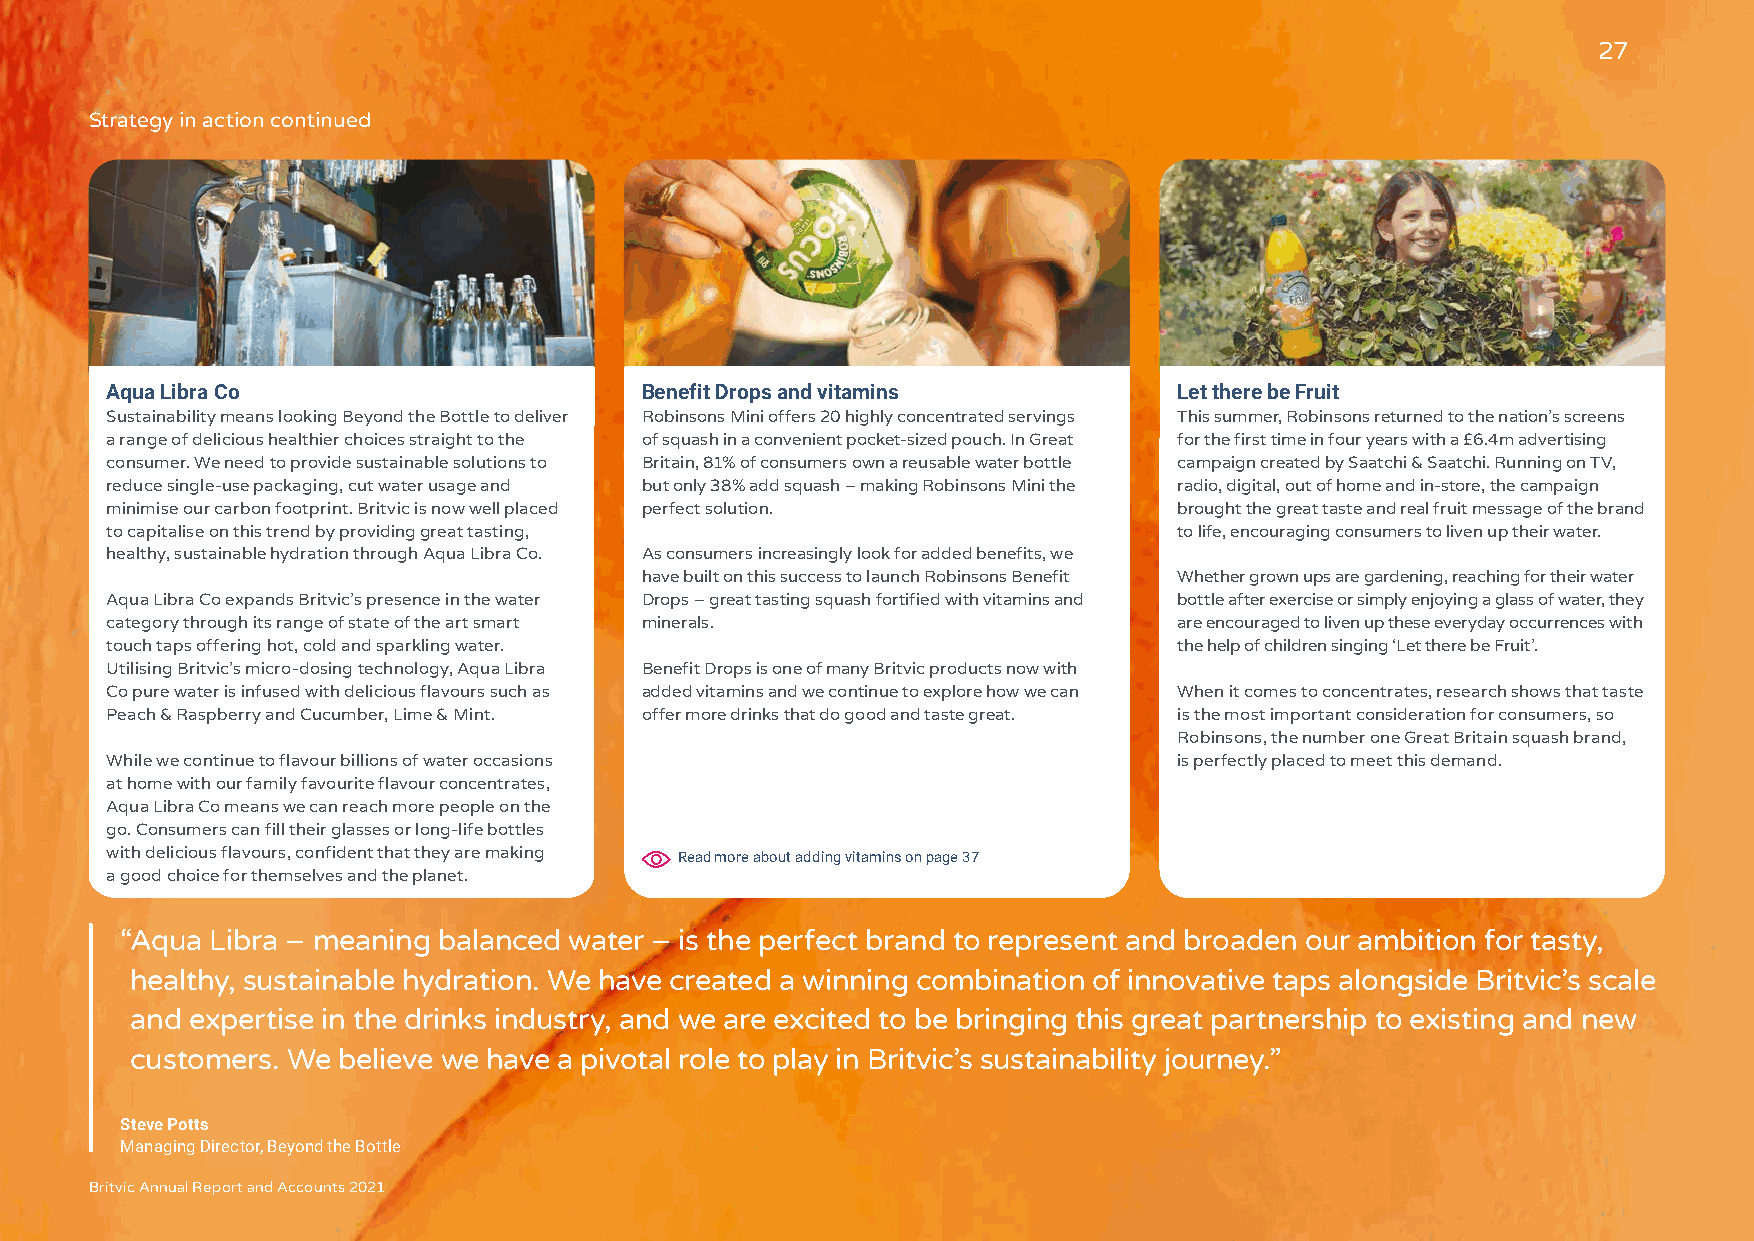
27
 Strategy in action continued
 Aqua Libra Co                      Benefit Drops and vitamins          Let there be Fruit
 Sustainability means looking Beyond the Bottle to deliver Robinsons Mini offers 20 highly concentrated servings This summer, Robinsons returned to the nation’s screens
 a range of delicious healthier choices straight to the of squash in a convenient pocket-sized pouch. In Great for the first time in four years with a £6.4m advertising
 consumer. We need to provide sustainable solutions to Britain, 81% of consumers own a reusable water bottle campaign created by Saatchi & Saatchi. Running on TV,
 reduce single-use packaging, cut water usage and but only 38% add squash – making Robinsons Mini the radio, digital, out of home and in-store, the campaign
 minimise our carbon footprint. Britvic is now well placed perfect solution. brought the great taste and real fruit message of the brand
 to capitalise on this trend by providing great tasting,                to life, encouraging consumers to liven up their water.
 healthy, sustainable hydration through Aqua Libra Co. As consumers increasingly look for added benefits, we
 have built on this success to launch Robinsons Benefit Whether grown ups are gardening, reaching for their water
 Aqua Libra Co expands Britvic’s presence in the water Drops – great tasting squash fortified with vitamins and bottle after exercise or simply enjoying a glass of water, they
 category through its range of state of the art smart minerals.         are encouraged to liven up these everyday occurrences with
 touch taps offering hot, cold and sparkling water.                     the help of children singing ‘Let there be Fruit’.
 Utilising Britvic’s micro-dosing technology, Aqua Libra Benefit Drops is one of many Britvic products now with
 Co pure water is infused with delicious flavours such as added vitamins and we continue to explore how we can When it comes to concentrates, research shows that taste
 Peach & Raspberry and Cucumber, Lime & Mint. offer more drinks that do good and taste great. is the most important consideration for consumers, so
 Robinsons, the number one Great Britain squash brand,
 While we continue to flavour billions of water occasions               is perfectly placed to meet this demand.
 at home with our family favourite flavour concentrates,
 Aqua Libra Co means we can reach more people on the
 go. Consumers can fill their glasses or long-life bottles
 with delicious flavours, confident that they are making Read more about adding vitamins on page 37
 a good choice for themselves and the planet.
 “ Aqua Libra – meaning balanced water – is the perfect brand to represent and broaden our ambition for tasty,
 healthy, sustainable hydration. We have created a winning combination of innovative taps alongside Britvic’s scale
 and expertise in the drinks industry, and we are excited to be bringing this great partnership to existing and new
 customers. We believe we have a pivotal role to play in Britvic’s sustainability journey.”
 Steve Potts
 Managing Director, Beyond the Bottle
 Britvic Annual Report and Accounts 2021